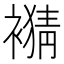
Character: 𧜹